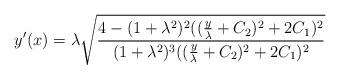
LaTeX: \begin{align*}y'(x) = \lambda \sqrt{ \frac{4-(1+\lambda^2)^2((\frac{y}{\lambda}+C_{2})^2 + 2C_1)^2}{(1+\lambda^2)^3((\frac{y}{\lambda}+C_{2})^2 + 2C_1)^2}}\end{align*}